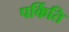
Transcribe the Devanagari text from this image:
पर्किति